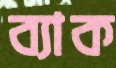
ব্যাক